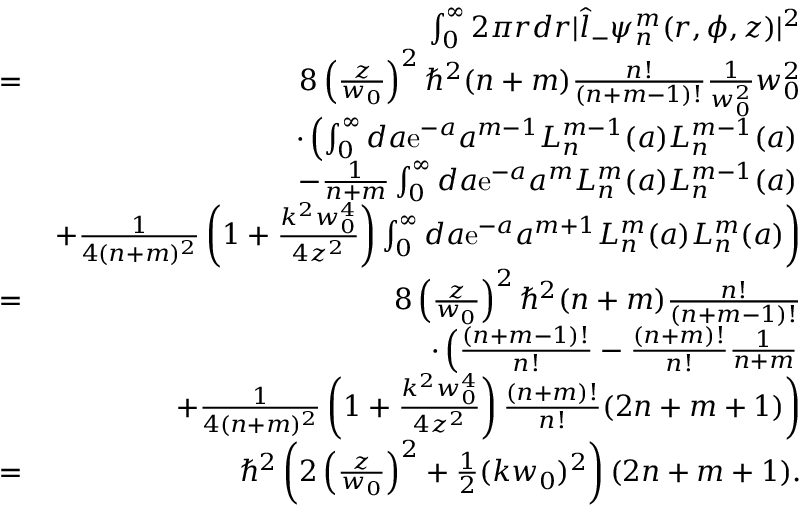
\begin{array} { r l r } & { } & { \int _ { 0 } ^ { \infty } 2 \pi r d r | \hat { l } _ { - } \psi _ { n } ^ { m } ( r , \phi , z ) | ^ { 2 } } \\ & { = } & { 8 \left( \frac { z } { w _ { 0 } } \right) ^ { 2 } \hbar ^ { 2 } ( n + m ) \frac { n ! } { ( n + m - 1 ) ! } \frac { 1 } { w _ { 0 } ^ { 2 } } w _ { 0 } ^ { 2 } } \\ & { } & { \cdot \left( \int _ { 0 } ^ { \infty } d a \mathrm { e } ^ { - a } a ^ { m - 1 } L _ { n } ^ { m - 1 } ( a ) L _ { n } ^ { m - 1 } ( a ) \right. } \\ & { } & { \left. - \frac { 1 } { n + m } \int _ { 0 } ^ { \infty } d a \mathrm { e } ^ { - a } a ^ { m } L _ { n } ^ { m } ( a ) L _ { n } ^ { m - 1 } ( a ) \right. } \\ & { } & { \left. + \frac { 1 } { 4 ( n + m ) ^ { 2 } } \left( 1 + \frac { k ^ { 2 } w _ { 0 } ^ { 4 } } { 4 z ^ { 2 } } \right) \int _ { 0 } ^ { \infty } d a \mathrm { e } ^ { - a } a ^ { m + 1 } L _ { n } ^ { m } ( a ) L _ { n } ^ { m } ( a ) \right) } \\ & { = } & { 8 \left( \frac { z } { w _ { 0 } } \right) ^ { 2 } \hbar ^ { 2 } ( n + m ) \frac { n ! } { ( n + m - 1 ) ! } } \\ & { } & { \cdot \left( \frac { ( n + m - 1 ) ! } { n ! } - \frac { ( n + m ) ! } { n ! } \frac { 1 } { n + m } \right. } \\ & { } & { \left. + \frac { 1 } { 4 ( n + m ) ^ { 2 } } \left( 1 + \frac { k ^ { 2 } w _ { 0 } ^ { 4 } } { 4 z ^ { 2 } } \right) \frac { ( n + m ) ! } { n ! } ( 2 n + m + 1 ) \right) } \\ & { = } & { \hbar ^ { 2 } \left( 2 \left( \frac { z } { w _ { 0 } } \right) ^ { 2 } + \frac { 1 } { 2 } ( k w _ { 0 } ) ^ { 2 } \right) ( 2 n + m + 1 ) . } \end{array}